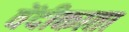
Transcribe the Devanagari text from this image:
वेंदीकाता